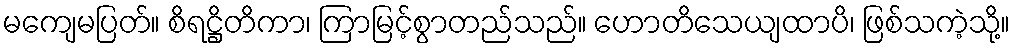
မကျေမပြတ်။ စိရဋ္ဌိတိကာ၊ ကြာမြင့်စွာတည်သည်။ ဟောတိသေယျထာပိ၊ ဖြစ်သကဲ့သို့။